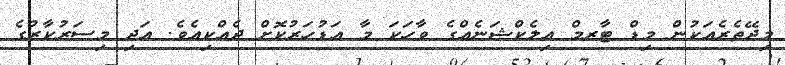
މިދޭތެރެއަކުން މިޑް ޓާރމް އިލެކްޝަނެއްގެ ވާހަކަ މާ އަޑުހަރުކޮށް ދެއްކިއެވެ. އަދި މިސަރުކާރުގެ